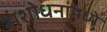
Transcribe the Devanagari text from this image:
संशोधनांमध्ये